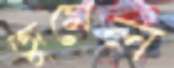
জুমেল